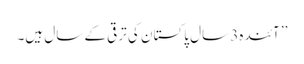
’’ آئندہ3 سال پاکستان کی ترقی کے سال ہیں۔